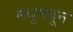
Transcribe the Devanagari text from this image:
मधुमधून